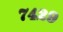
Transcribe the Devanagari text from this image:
७४२९